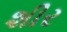
શીર